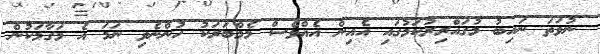
ނުވަތަ ނައިބު މުގައްރިރުކަމުގައި އެއިން އެއްވެސް މެމްބަރަކު ހުންނެވި ނަމަ އެ މަގާމަކުން